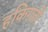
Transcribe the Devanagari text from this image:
हकिगती